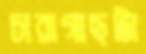
চারাগাছটা